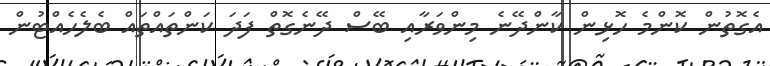
އެގޮތުން ކޮންމެ ހޮޅިން ކާންދޭނެ މިންވަރާއި ބޭސް ދޭނެގޮތް ފަދަ ކަންތައްތައް ބެލެހެއްޓުން